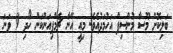
ބަލިކޮށް މޫސާ މުންސިފް އަހުމަދުއެވެ. މިއީ އޭނާ ޗެމްޕިއަންކަން ހޯދި 9 ވަނަ